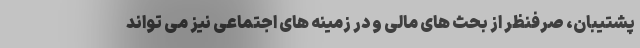
پشتیبان، صرفنظر از بحث های مالی و در زمینه های اجتماعی نیز می تواند